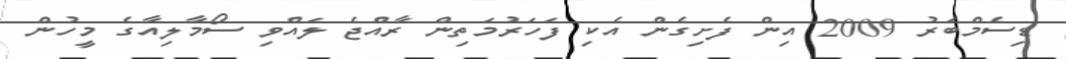
ޑިސެމްބަރު 2009 އިން ފެށިގެން އެކި ފަހަރުމަތިން ރާއްޖެ ލައްވި ސޯމާލިއާގެ މީހުން